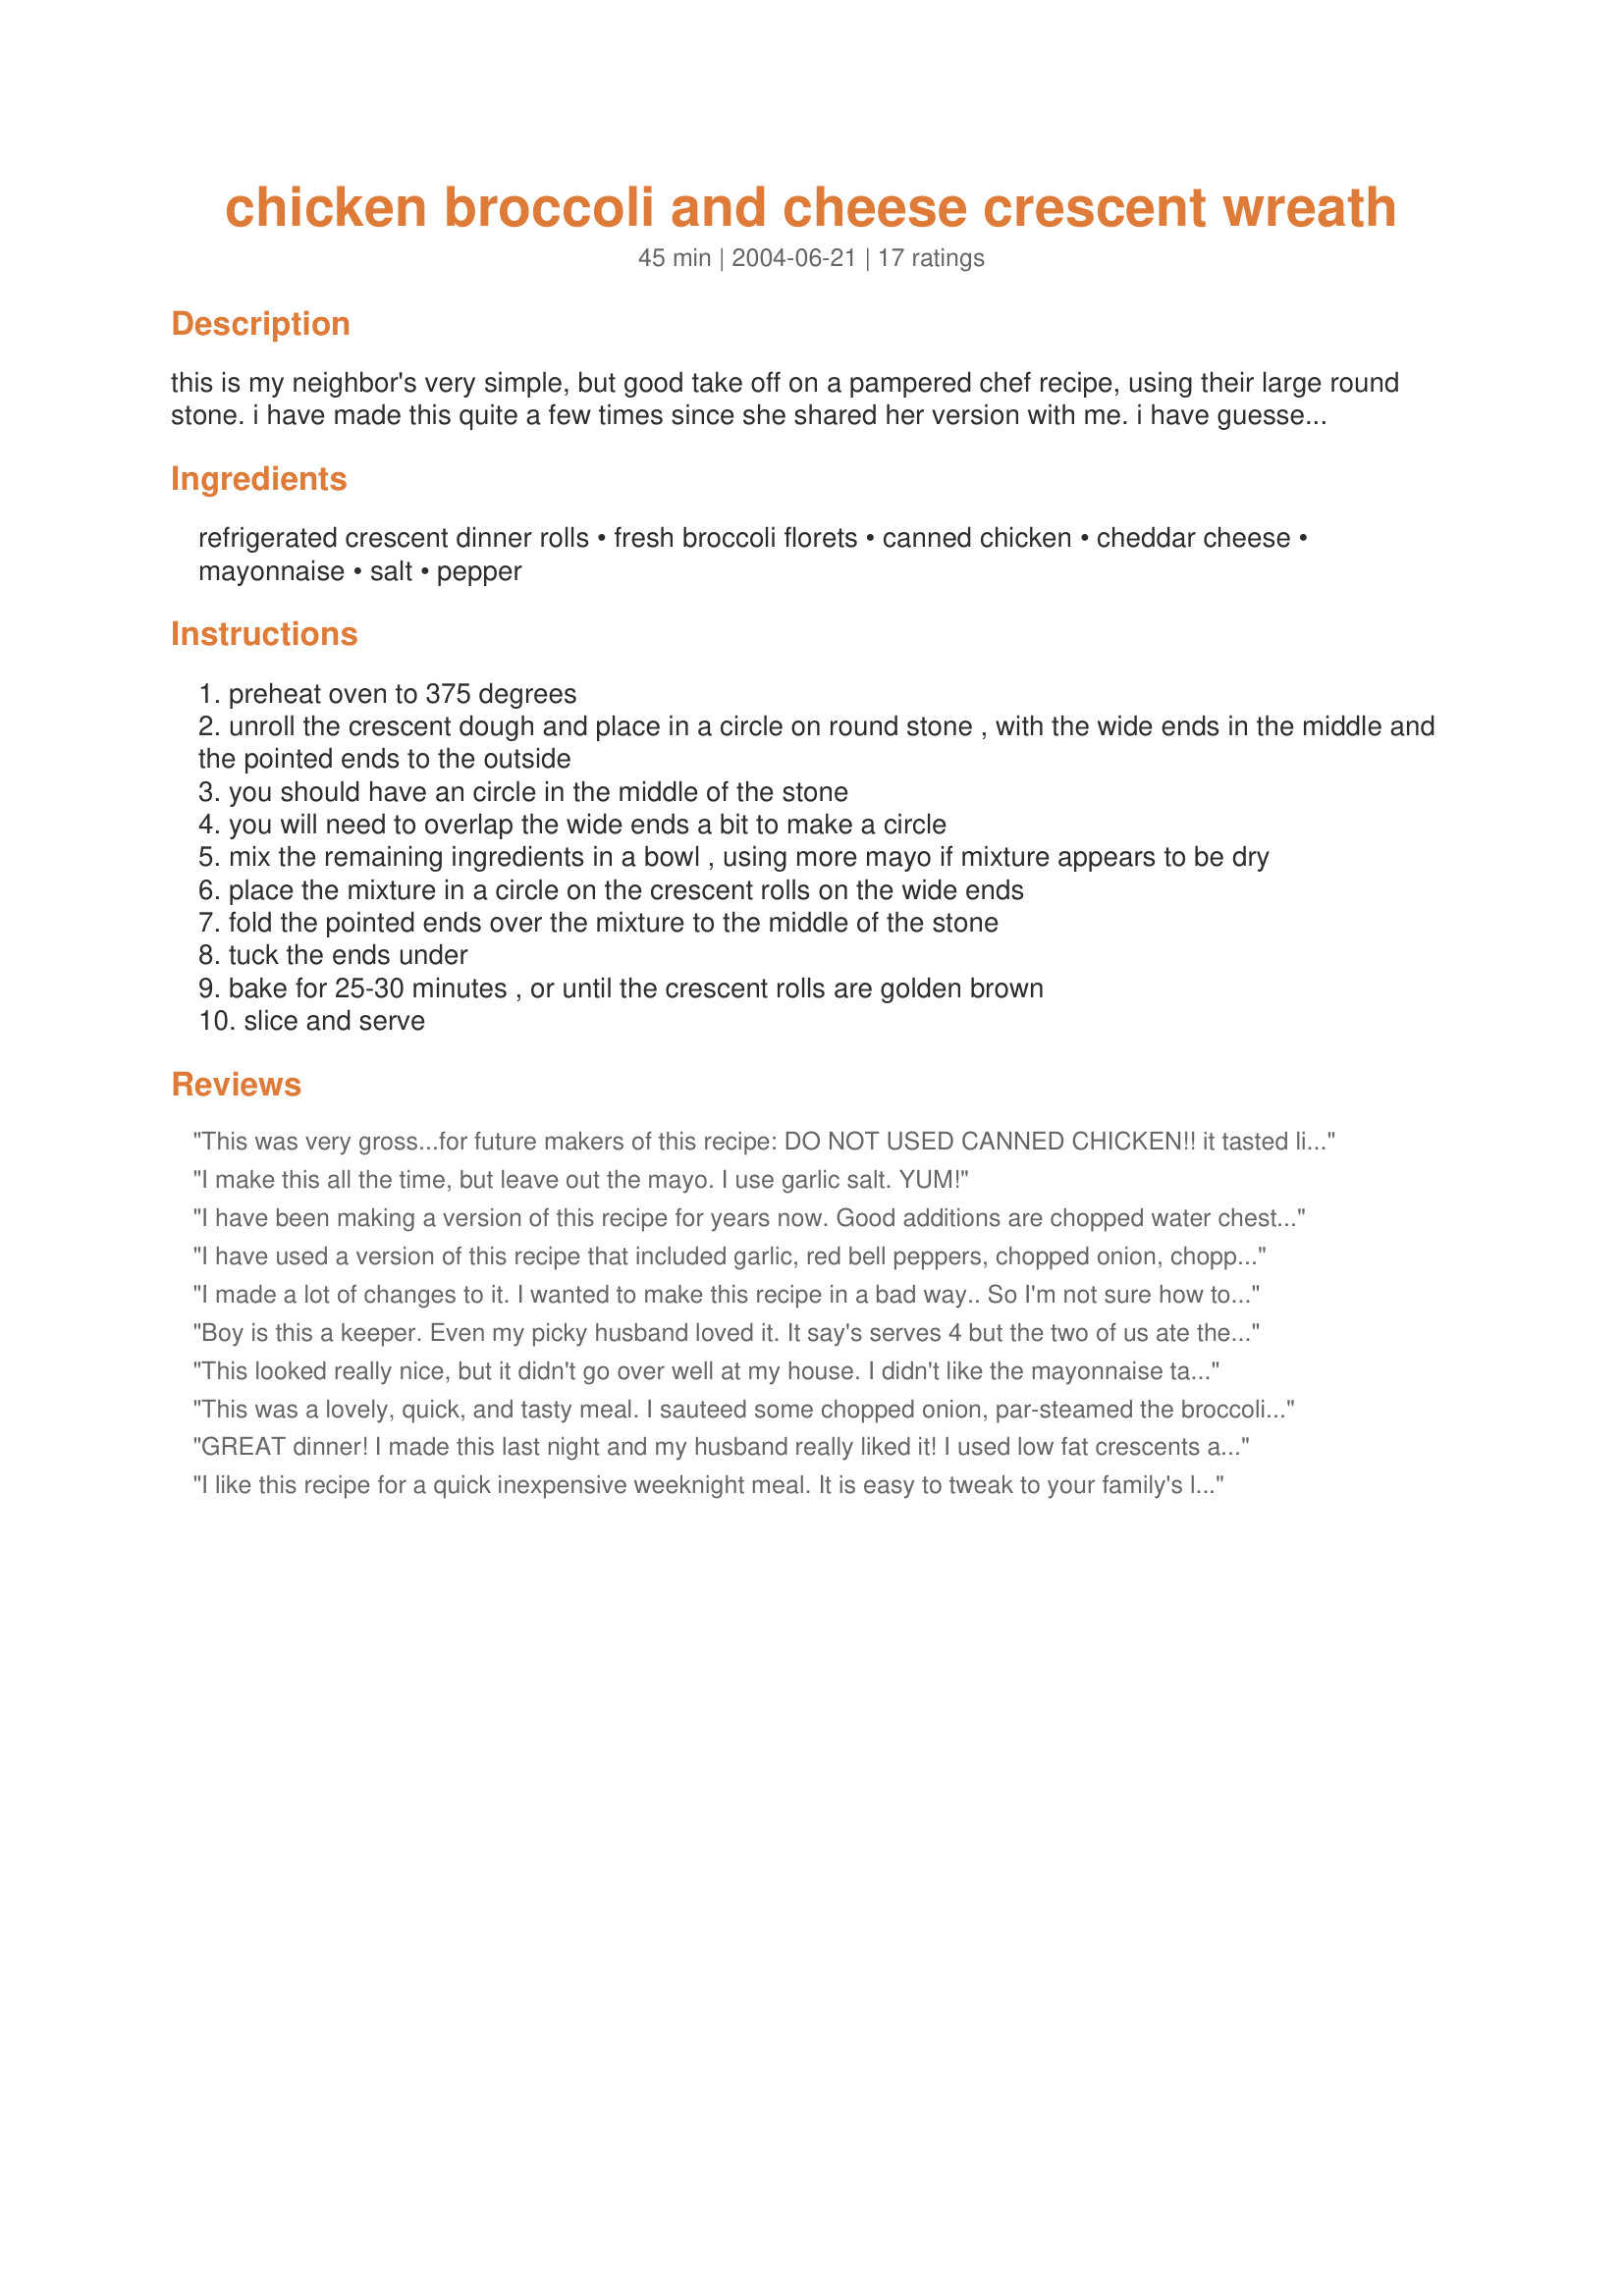
chicken broccoli and cheese crescent wreath
Preparation time: 45 minutes

this is my neighbor's very simple, but good take off on a pampered chef recipe, using their large round stone. i have made this quite a few times since she shared her version with me. i have guessed at the amounts and you can too. it is very easy to eyeball. if you have mix left over, it is even good cooked in a small casserole without the rolls.

Ingredients:
refrigerated crescent dinner rolls, fresh broccoli florets, canned chicken, cheddar cheese, mayonnaise, salt, pepper

Steps:
preheat oven to 375 degrees
unroll the crescent dough and place in a circle on round stone , with the wide ends in the middle and the pointed ends to the outside
you should have an circle in the middle of the stone
you will need to overlap the wide ends a bit to make a circle
mix the remaining ingredients in a bowl , using more mayo if mixture appears to be dry
place the mixture in a circle on the crescent rolls on the wide ends
fold the pointed ends over the mixture to the middle of the stone
tuck the ends under
bake for 25-30 minutes , or until the crescent rolls are golden brown
slice and serve

Reviews:
This was very gross...for future makers of this recipe: DO NOT USED CANNED CHICKEN!! it tasted like canned salty tuna or something...we picked around the chicken and the rest of it was really good we are still starving lol good luck
I make this all the time, but leave out the mayo. I use garlic salt. YUM!
I have been making a version of this recipe for years now. Good additions are chopped water chestnuts, chopped red pepper and garlic. You can substitute cooked, chopped chicken breast for the canned chicken, and also substitute 1/2 - 2/3 can of condensed cream of chicken soup for the mayo. My kids ask for this for every Christmas morning. Easy to re-heat.
I have used a version of this recipe that included garlic, red bell peppers, chopped onion, chopped cooked chicken breast, and included chopping up the broccoli (for those that don't like big chunks of it). It also called for two cans of the crescent rolls, making a bigger ring. Yummy!
I made a lot of changes to it. I wanted to make this recipe in a bad way.. So I'm not sure how to rate it/ But my family LOVED IT! Very pretty!

Changes I made. *I added a can of cream of instead of mayo and used jack cheese.. Added , curry, garlic, red pepper flakes and onions and used homemade crescents. .. Used more chicken (fresh) and less broccoli.. Topped with tomatoes mozz and basil the last 5 min or so YUM
Boy is this a keeper. Even my picky husband loved it. It say's serves 4 but the two of us ate the whole thing. The only thing I did different was I microed the broccoli for about 4minutes. Then cooled before adding to mixture
This looked really nice, but it didn't go over well at my house. I didn't like the mayonnaise taste. I think cream of chicken would be better. My husband complained it had too much broccoli and not enough chicken. My son would only eat the bread part.
This was a lovely, quick, and tasty meal. I sauteed some chopped onion, par-steamed the broccoli, and added some garlic powder to the mix. My Dh really enjoyed it too and asked that I make it again. Thanx, Bobtail
GREAT dinner! I made this last night and my husband really liked it! I used low fat crescents and low fat ranch dressing. I also steamed the broccoli in the micro for a few min prior to cooking. Verrrrry easy to make and it looked so nice! Thanks for for the great dinner!
I like this recipe for a quick inexpensive weeknight meal. It is easy to tweak to your family's liking. Do not use salad dressing (miracle whip) if you don't want a sweet taste. I don't like salad dressing for this reason....I use real mayonnaise.
Easy to make, very tasty. Also added diced carmelized onion and roasted garlic cloves to the filling.
This looks like it needs more veggies. There are other crescent wreath recipes out there that are fabulous and far tastier.
I loved the fact that this meal includes your vegetable, meat, cheese and bread all in one! Easy to make. I used leftover turkey, steamed broccoli and miracle whip instead of mayo. It was in the oven in 5 minutes flat. Thanks Bobtail!
Im sorry to be the bearer of bad news, but I did not like how this tasted. Might have been the crescent rolls that I used, but the rolls made it taste too sweet for me.
Husband loved it and I think he was impressed with the presentation. It was a bit rich for me but still very very tasty. I boiled the chicken and then shred it instead of using canned chicken.
To be honest, I really do not care for broccoli. A co-worker brought this for lunch last week, and she told me I had to try it. YUM!! It looks and tastes so good, yet it is easy to make. Thanks for sharing the recipe, now I can make it for my dh.
My whole family of 4 enjoyed this. My only complaint was that we ran out before the meal was over! If I could change anything, I would recommend doubling the recipe, including using 2x as many crescent rolls and making the circle bigger! With regard to the sweetness, I used 1/2 Miracle Whip and 1/2 sour cream since I never know if the recipe is asking for REAL mayo or the salad dressing type. Thanks for a WONDERFUL and EASY recipe! I'm making again tonight. YUMMY!
